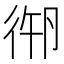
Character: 𢓷